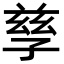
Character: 孳